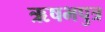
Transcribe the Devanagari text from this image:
ऋषभपुत्र